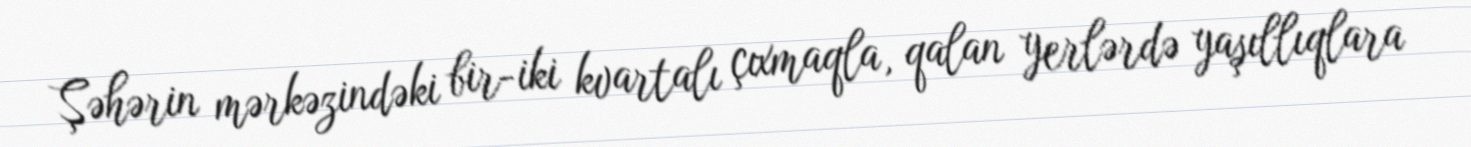
Şəhərin mərkəzindəki bir-iki kvartalı çıxmaqla, qalan yerlərdə yaşıllıqlara